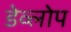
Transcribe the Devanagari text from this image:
डेव्लोप